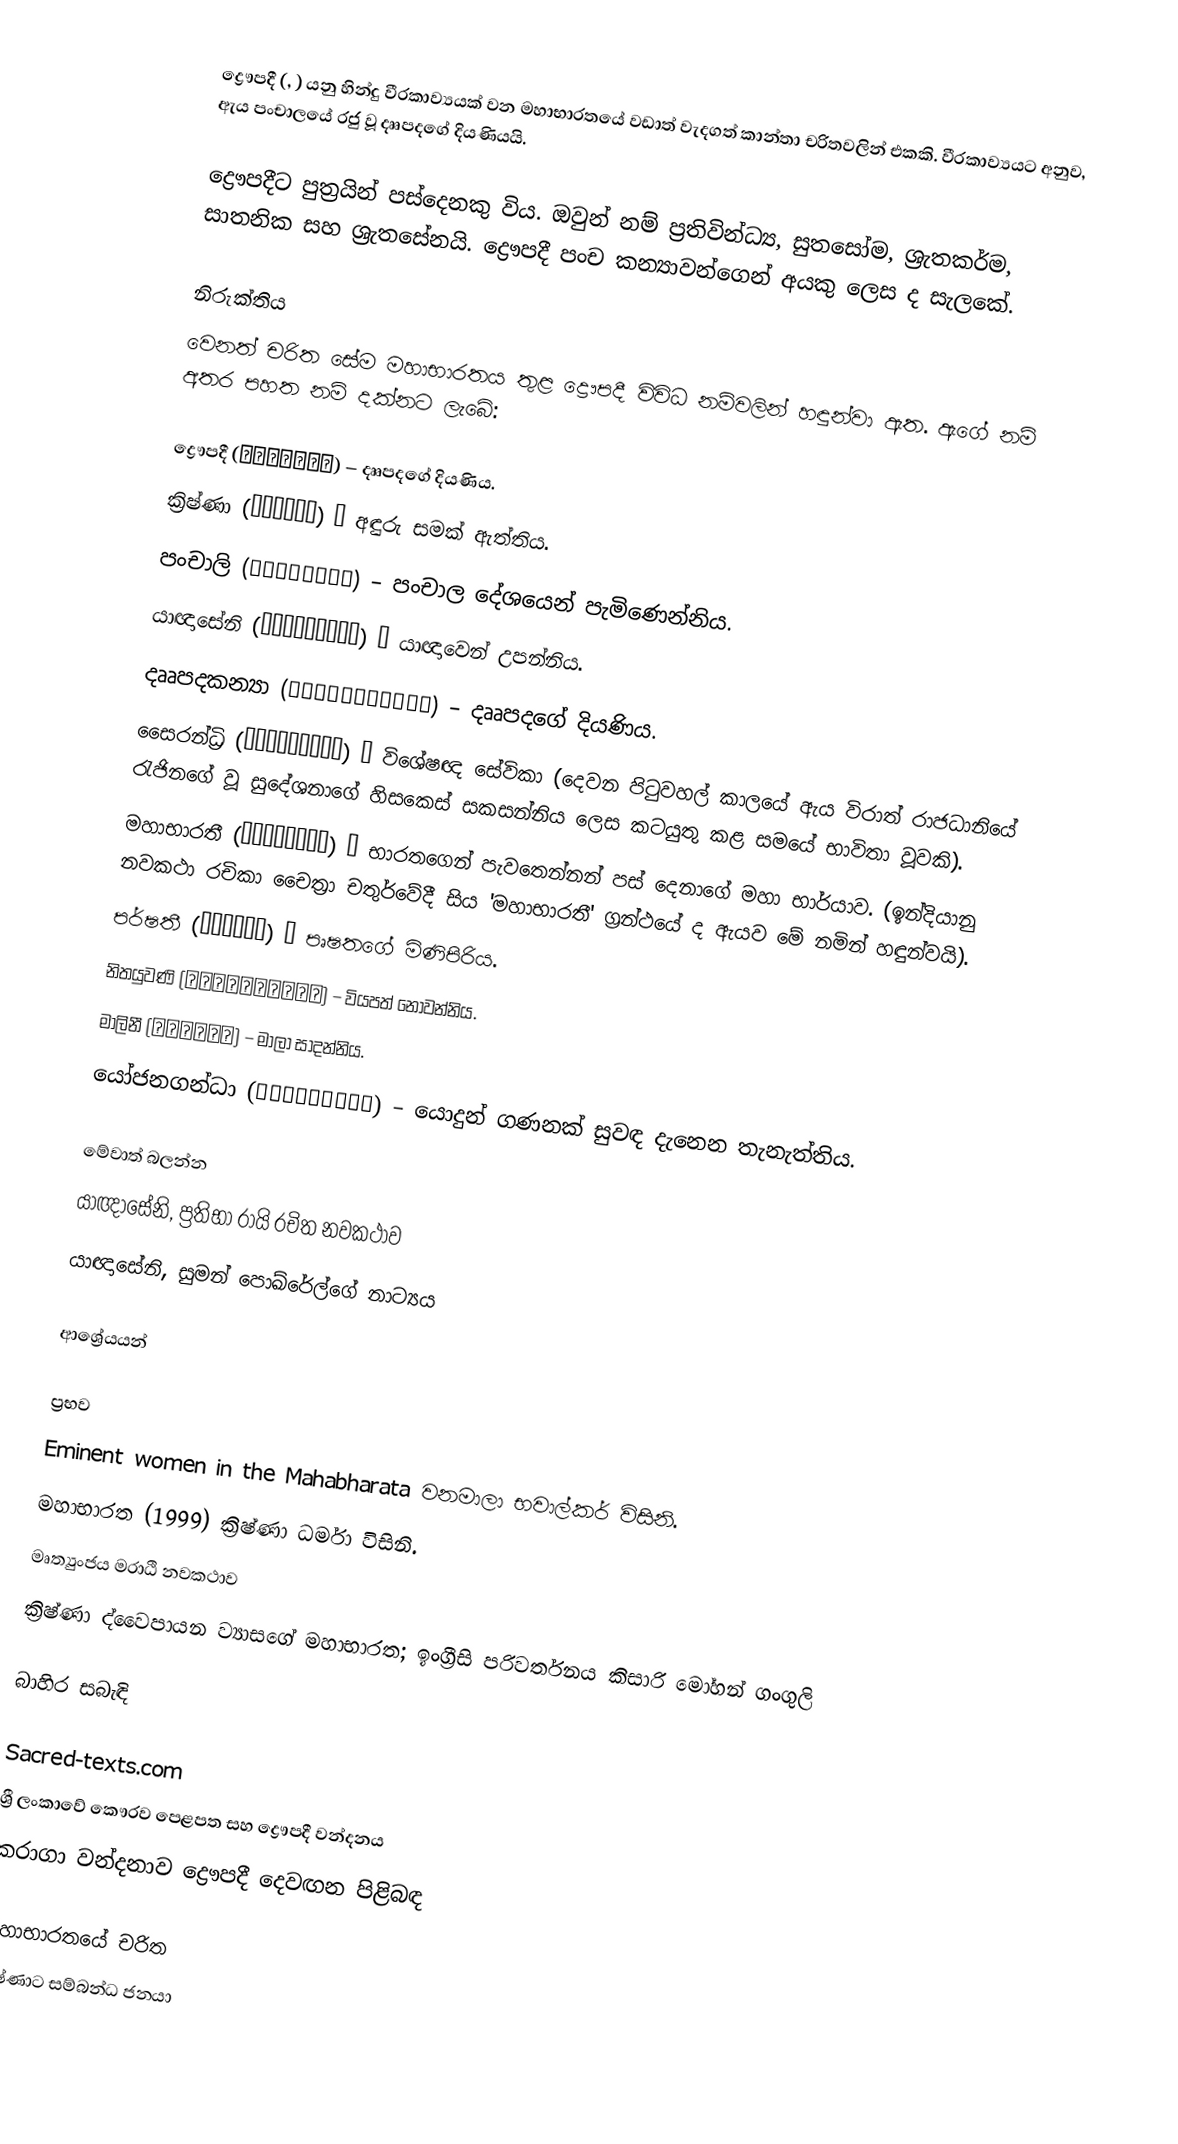
ද්‍රෞපදී (, ) යනු හින්දු වීරකාව්‍යයක් වන මහාභාරතයේ වඩාත් වැදගත් කාන්තා චරිතවලින් එකකි. වීරකාව්‍යයට අනුව, ඇය පංචාලයේ රජු වූ දෲපදගේ දියණියයි.

ද්‍රෞපදීට පුත්‍රයින් පස්දෙනකු විය. ඔවුන් නම් ප්‍රතිවින්ධ්‍ය, සුතසෝම, ශ්‍රැතකර්ම, සාතනික සහ ශ්‍රැතසේනයි.‍ ද්‍රෞපදී පංච කන්‍යාවන්ගෙන් අයකු ලෙස ද සැලකේ.

නිරුක්තිය
වෙනත් චරිත සේම මහාභාරතය තුළ ද්‍රෞපදී විවිධ නම්වලින් හඳුන්වා ඇත. ඇගේ නම් අතර පහත නම් දක්නට ලැබේ:

 ද්‍රෞපදී (द्रौपदी) – දෲපදගේ දියණිය.
 ක්‍රිෂ්ණා (कृष्णा) – අඳුරු සමක් ඇත්තිය.
 පංචාලි (पाञ्चाली) – පංචාල දේශයෙන් පැමිණෙන්නිය.
 යාඥාසේනි (याज्ञसेनी) – යාඥාවෙන් උපන්නිය.
 ‍දෲපදකන්‍යා (द्रुपदकन्या) – දෲපදගේ දියණිය.
 සෛරන්ධ්‍රි (सैरन्ध्री) – විශේෂඥ සේවිකා (දෙවන පිටුවහල් කාලයේ ඇය විරාත් රාජධානියේ රැජිනගේ වූ සුදේශනාගේ හිසකෙස් සකසන්නිය ලෙස කටයුතු කළ සමයේ භාවිතා වූවකි).
 මහාභාරතී (महाभारती) – භාරතගෙන් පැවතෙන්නන් පස් දෙනාගේ මහා භාර්යාව. (ඉන්දියානු නවකථා රචිකා චෛත්‍රා චතුර්වේදී සිය 'මහාභාරතී' ග්‍රන්ථයේ ද ඇයව මේ නමින් හඳුන්වයි).
 පර්ෂතී (पर्षती) – පෘෂතගේ මිණිපිරිය.
 නිතයුවණි (नित्ययुवनी) – වියපත් නොවන්නිය.
 මාලිනී (मालिनी) – මාලා සාදන්නිය.
 යෝජනගන්ධා (योजनगन्धा) – යොදුන් ගණනක් සුවඳ දැනෙන තැනැත්තිය.

මේවාත් බලන්න
 යාඥාසේනි, ප්‍රතිභා රායි රචිත නවකථාව
 යාඥාසේනි, සුමන් පොඛ්රේල්ගේ නාට්‍යය

ආශ්‍රේයයන්

ප්‍රභව
 Eminent women in the Mahabharata වනමාලා භවාල්කර් විසිනි.
 මහාභාරත (1999) ක්‍රිෂ්ණා ධර්මා විසිනි.
 මෘත්‍යුංජය මරාඨි නවකථාව
 ක්‍රිෂ්ණා ද්වෛපායන ව්‍යාසගේ මහාභාරත; ඉංග්‍රීසි පරිවර්තනය කිසාරි මෝහන් ගංගුලි

බාහිර සබැඳි

 Sacred-texts.com
 ශ්‍රී ලංකාවේ කෞරව පෙළපත සහ ද්‍රෞපදී වන්දනය
 කරාගා වන්දනාව ද්‍රෞපදී දෙවඟන පිළිබඳ

මහාභාරතයේ චරිත
ක්‍රිෂ්ණාට සම්බන්ධ ජනයා